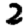
Digit: 2